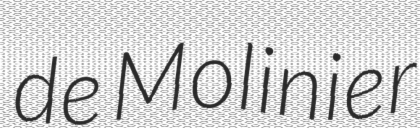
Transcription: de Molinier